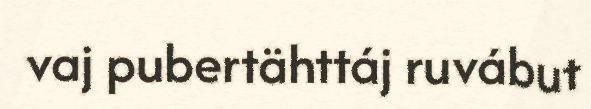
vaj pubertähttáj ruvábut